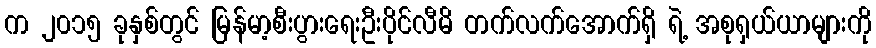
က ၂၀၁၅ ခုနှစ်တွင် မြန်မာ့စီးပွားရေးဦးပိုင်လီမိ တက်လက်အောက်ရှိ ရဲ့ အစုရှယ်ယာများကို